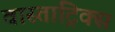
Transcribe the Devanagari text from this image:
वास्ताट्रिक्स